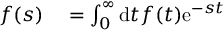
\begin{array} { r l } { f ( s ) } & { { } = \int _ { 0 } ^ { \infty } \mathrm { d } t f ( t ) \mathrm { e } ^ { - s t } } \end{array}